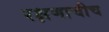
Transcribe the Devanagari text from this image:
रक्षणाचीच